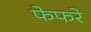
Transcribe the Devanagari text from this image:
फेफरे